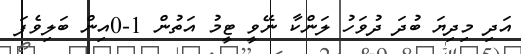
އަދި މިދިޔަ ބުދަ ދުވަހު ލަންކާ ނޭވީ ޓީމު އަތުން 1-0އިން ބަލިވެފަ